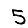
Digit: 5